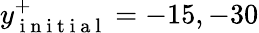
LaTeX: y_{\mathrm{~i~n~i~t~i~a~l~}}^{+}=-15,-30